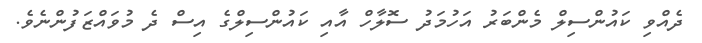
ދެއްވި ކައުންސިލް މެންބަރު އަހުމަދު ސޮލާހް އާއި ކައުންސިލްގެ އިސް ދެ މުވައްޒަފުންނެވެ.